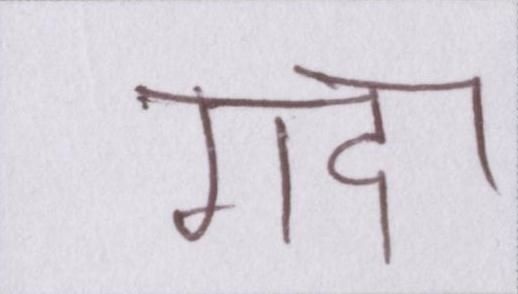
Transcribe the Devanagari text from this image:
गदा